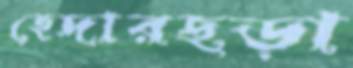
হেদারছড়া